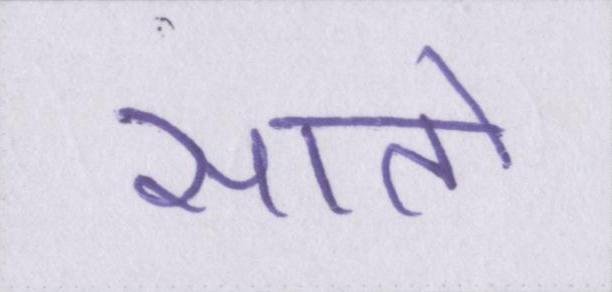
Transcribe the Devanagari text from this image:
सातो